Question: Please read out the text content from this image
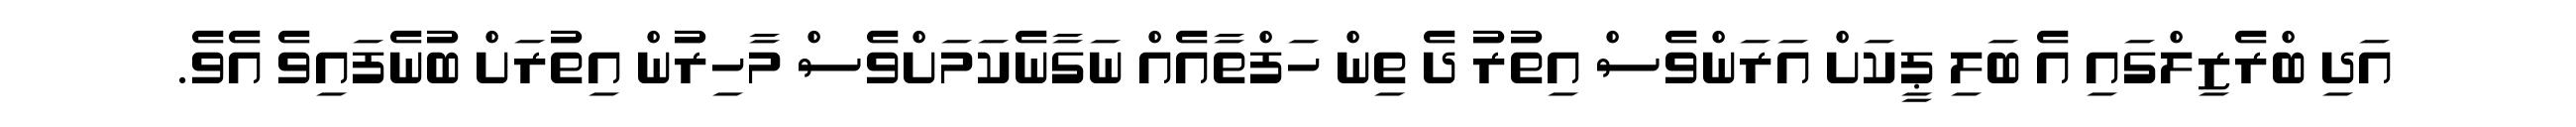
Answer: އަދި ބްރެޒިލްގައި އެ ބަލި ޕީކަށް އަރަންވެސް އިތުރު ދެ ތިން ހަފްތާއެއް ނަގާނެކަމަށްވެސް މާހިރުން އިތުރަށް ބުނެފައިވެ އެވެ.